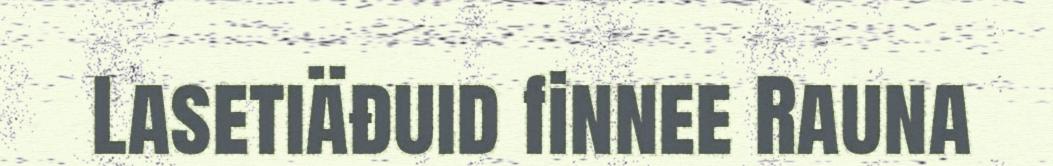
Lasetiäđuid finnee Rauna